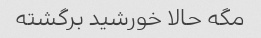
مگه حالا خورشید برگشته